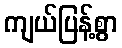
ကျယ်ပြန့်စွာ